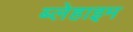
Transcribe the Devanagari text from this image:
ब्लेहाइम